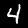
Label: 4